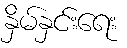
နှိမ်နှင်းရေး